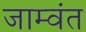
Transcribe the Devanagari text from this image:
जाम्वंत